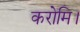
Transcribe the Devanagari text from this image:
करोमि।